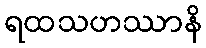
ရထသဟဿာနိ